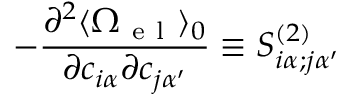
- \frac { \partial ^ { 2 } \langle \Omega _ { \mathrm { ~ e ~ l ~ } } \rangle _ { 0 } } { \partial c _ { i \alpha } \partial c _ { j \alpha ^ { \prime } } } \equiv S _ { i \alpha ; j \alpha ^ { \prime } } ^ { ( 2 ) }